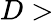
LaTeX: D>